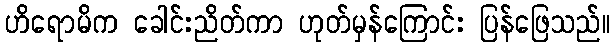
ဟိရောမိက ခေါင်းညိတ်ကာ ဟုတ်မှန်ကြောင်း ပြန်ဖြေသည်။